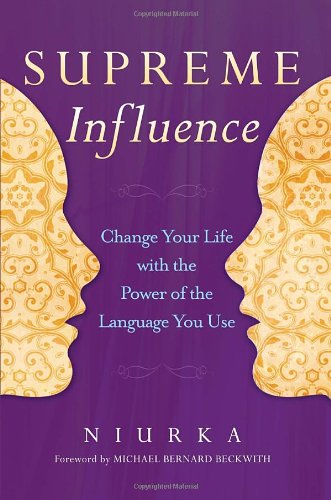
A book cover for Supreme Influence: Change Your Life with the Power of the Language You Use; Niurka; Self-Help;